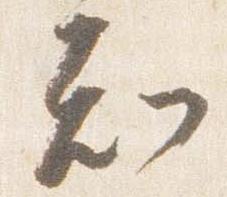
知